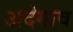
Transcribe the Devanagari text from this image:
अदेगाव